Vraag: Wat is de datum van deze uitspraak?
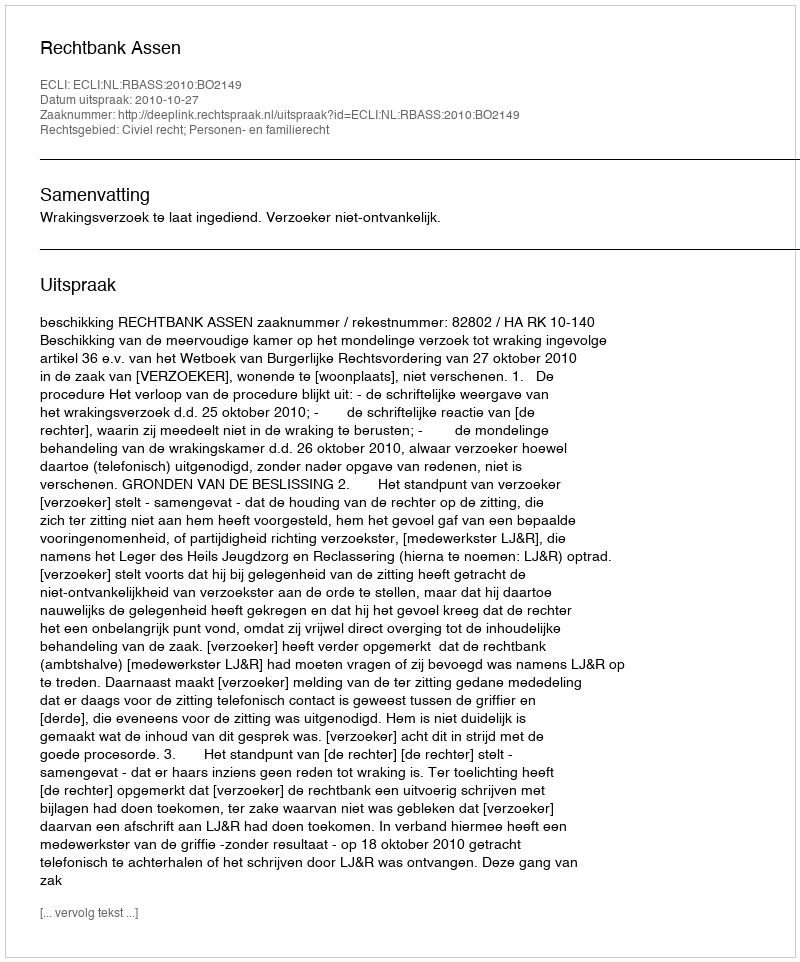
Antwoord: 2010-10-27